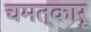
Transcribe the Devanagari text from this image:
चमत्कारू